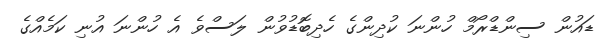
ޑައުން ސިންޑްރޯމް ހުންނަ ކުދިންގެ ހެދިބޮޑުވުން ލަސްވެ އެ ހުންނަ އުނި ކަމެއްގެ